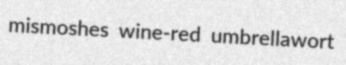
mismoshes wine-red umbrellawort